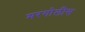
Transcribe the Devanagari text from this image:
मरगोलीस